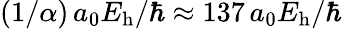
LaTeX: (1/\alpha)\, a_{0}E_{\mathrm{h}}/\hbar\approx 137\, a_{0}E_{\mathrm{h}}/\hbar